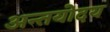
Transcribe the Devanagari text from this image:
अन्तयोदय